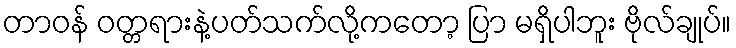
တာဝန် ဝတ္တရားနဲ့ပတ်သက်လို့ကတော့ ပြာ မရှိပါဘူး ဗိုလ်ချုပ်။